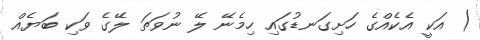
) އަކީ އެކެއްގެ ހަށިގަނޑުގައި ހިމެނޭ ލޭ ނުވަތަ ލޭގެ ވަކި ބަޔެއް